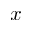
x